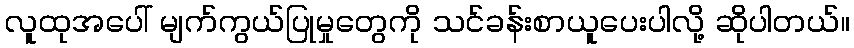
လူထုအပေါ် မျက်ကွယ်ပြုမှုတွေကို သင်ခန်းစာယူပေးပါလို့ ဆိုပါတယ်။